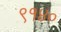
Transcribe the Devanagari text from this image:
९१४०